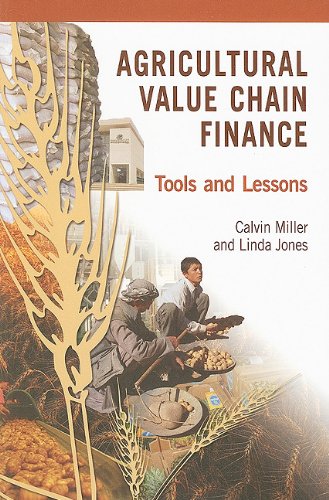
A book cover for Agricultural Value Chain Finance: Tools and Lessons; Calvin Miller; Science & Math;